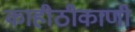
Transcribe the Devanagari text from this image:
काहीठीकाणी